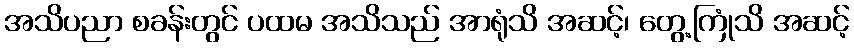
အသိပညာ စခန်းတွင် ပထမ အသိသည် အာရုံသိ အဆင့်၊ တွေ့ကြုံသိ အဆင့်